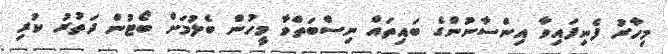
މިހާރު ފެނިފައިވާ އިންސާނުންގެ ބައިތައް ނިސްބަތްވާ މީހުން ބެލުމަށް ބޯޓުން ދަތުރު ކުރި